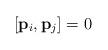
LaTeX: \begin{align*}[{\bf{p}}_i,{\bf{p}}_j] = 0 \end{align*}